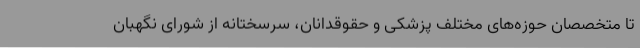
تا متخصصان حوزه‌های مختلف پزشکی و حقوقدانان، سرسختانه از شورای نگهبان